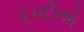
દરદીએ